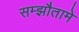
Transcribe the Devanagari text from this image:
सम्झौतामे